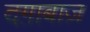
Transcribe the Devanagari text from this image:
दग़ाबाज़